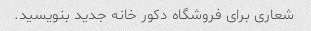
شعاری برای فروشگاه دکور خانه جدید بنویسید.